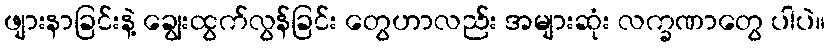
ဖျားနာခြင်းနဲ့ ချွေးထွက်လွန်ခြင်း တွေဟာလည်း အများဆုံး လက္ခဏာတွေ ပါပဲ။